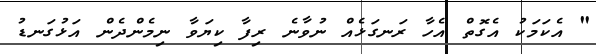
" އެކަމަކު އެގޮތް އެހާ ރަނގަޅެއް ނުވާނެ ރިފާ ކިޔަވާ ނިމެންދެން އަޅުގަނޑު